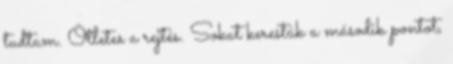
tudtam. Ötletes a rejtés. Sokat kerestük a második pontot,